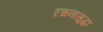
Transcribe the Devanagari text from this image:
रचनासुद्धा